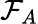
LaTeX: {\mathcal{F}}_{A}